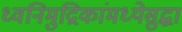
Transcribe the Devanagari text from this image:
ध्वनिमुद्रिकांमध्येसुद्धा